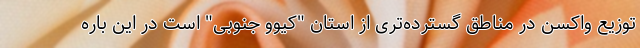
توزیع واکسن در مناطق گسترده‌تری از استان "کیوو جنوبی" است در این باره